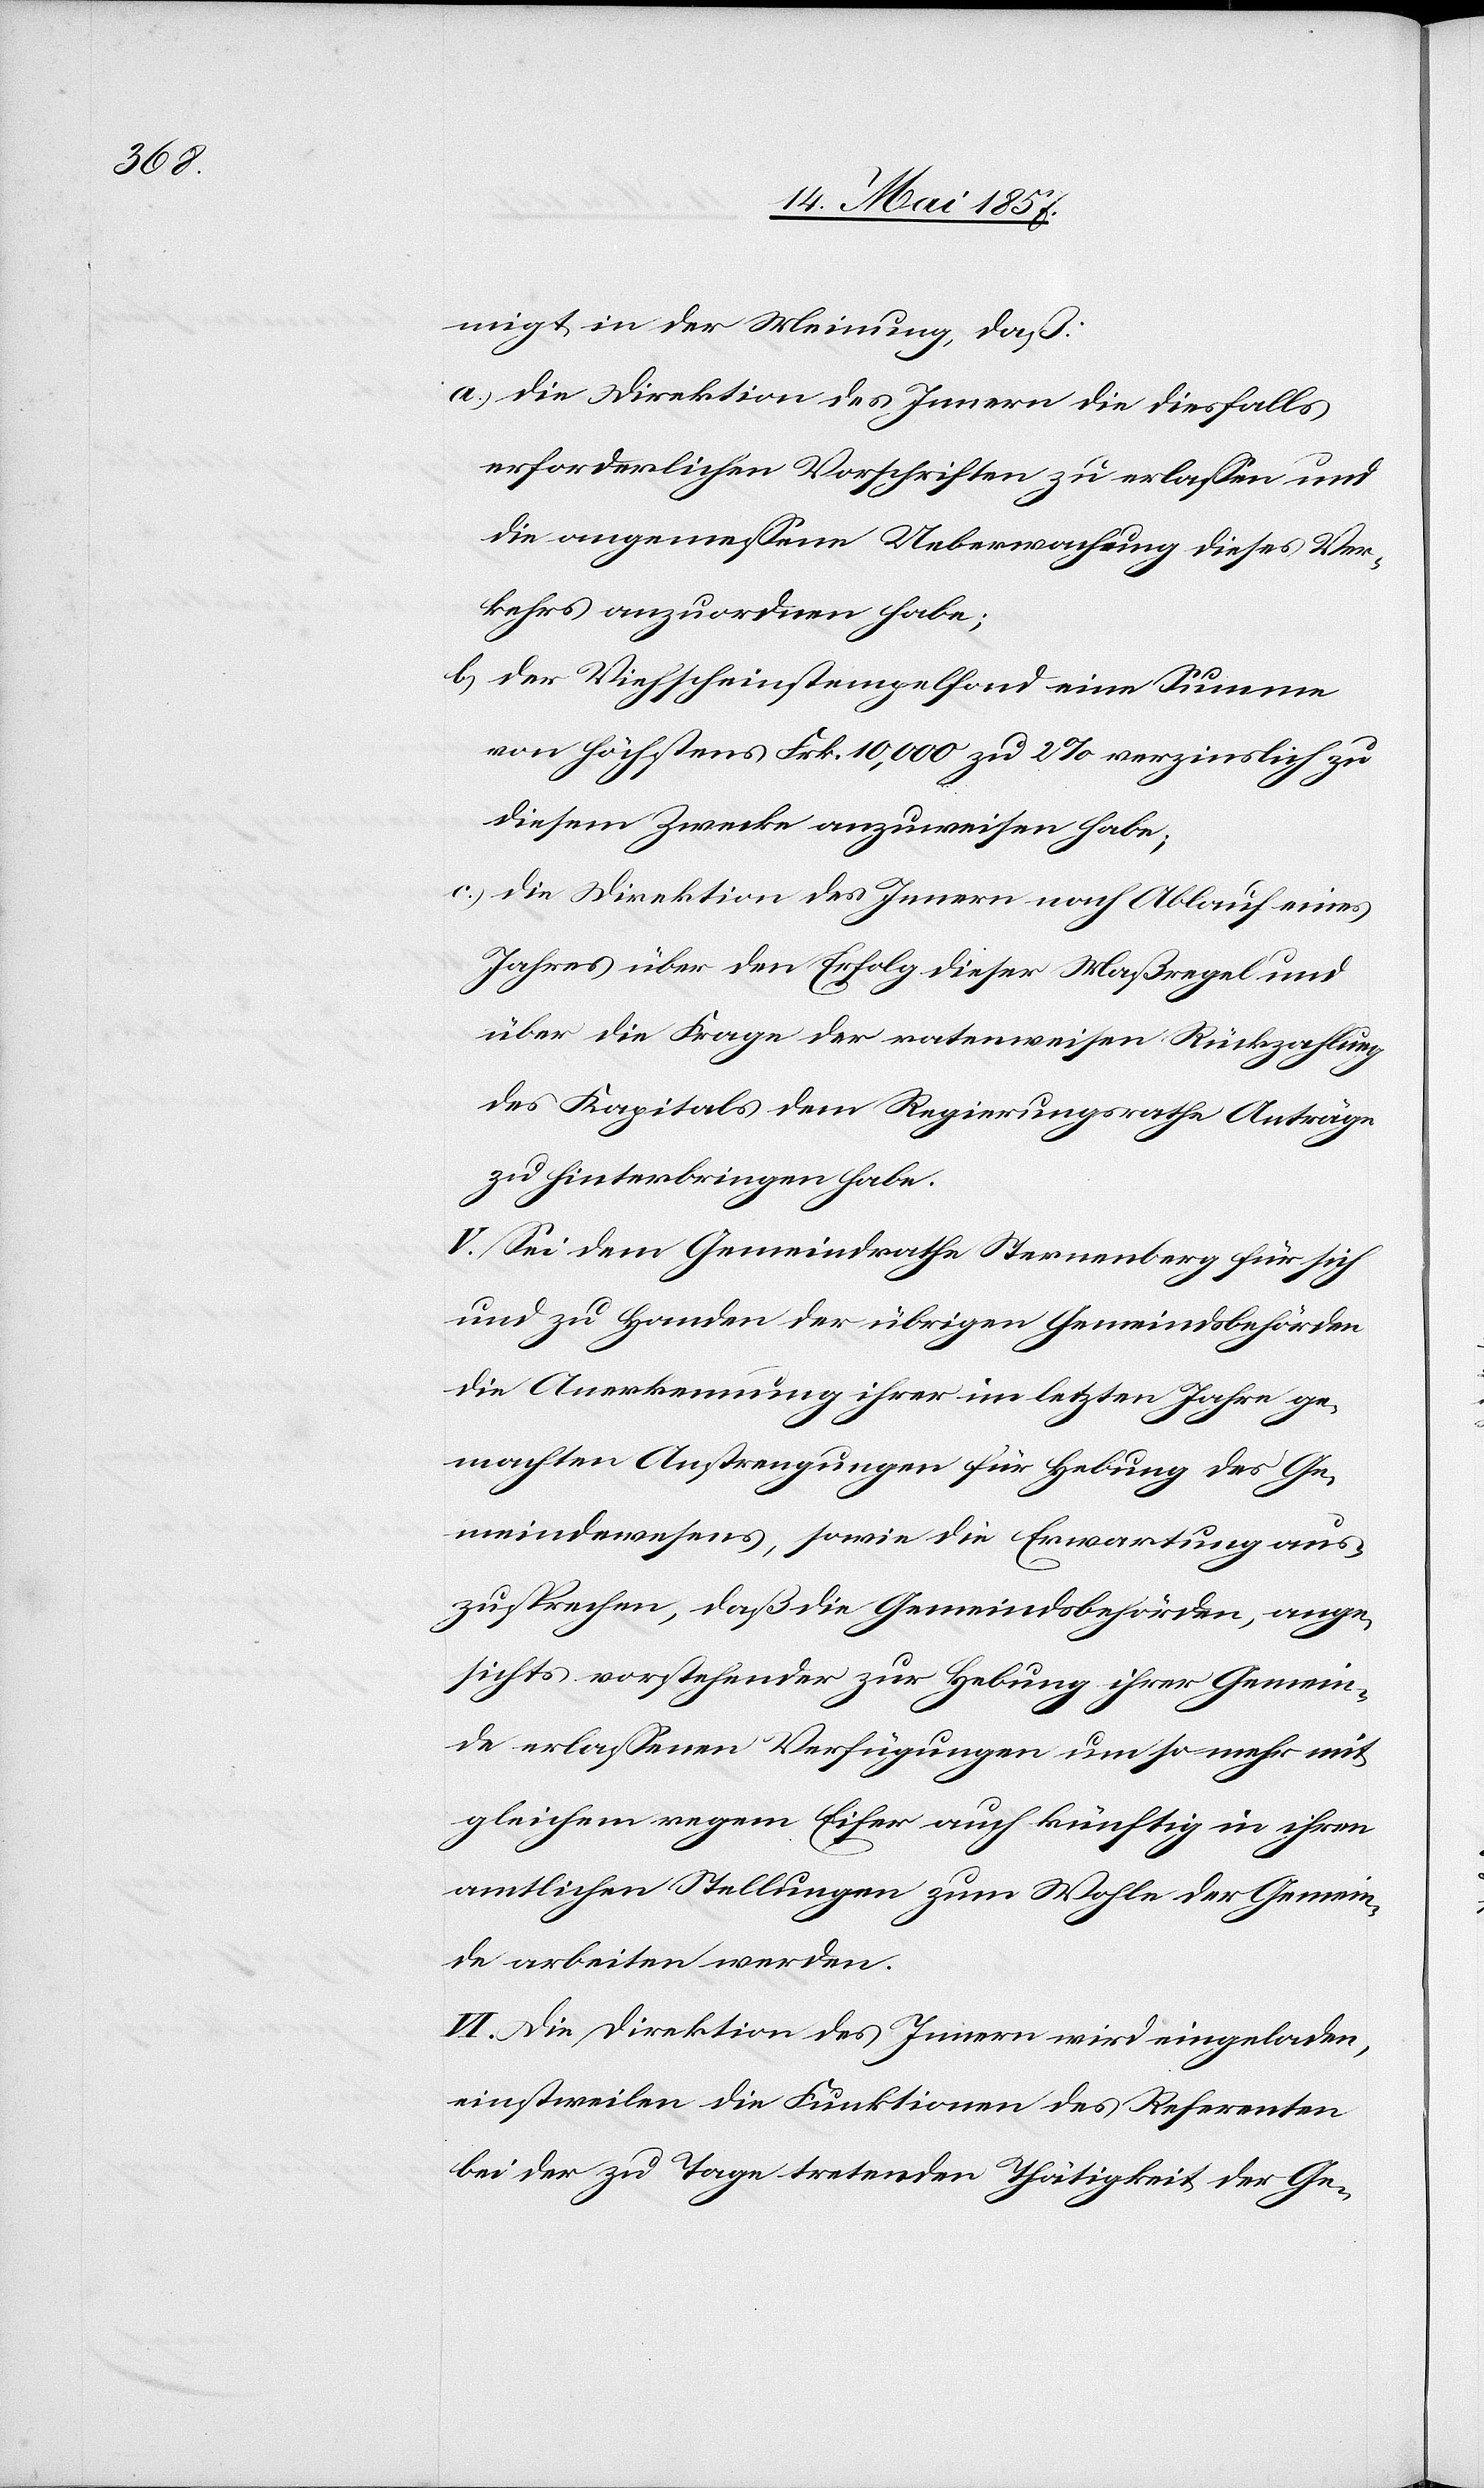
migt in der Meinung, daß:
a.) die Direktion des Innern die diesfalls
erforderlichen Vorschriften zu erlassen und
die angemessene Uebermachung dieses Ver¬
kehrs anzuordnen habe;
b) der Viehscheinstempelfond eine Summe
von höchstens Frk. 10,000 zu 2% verzinslich zu
diesem Zwecke anzuweisen habe;
c) die Direktion des Innern nach Ablauf eines
Jahres über den Erfolg dieser Maßregel und
über die Frage der rataweisen Rückzahlung
des Kapitals dem Regierungsrathe Anträge
zu hinterbringen habe.
V. Sei dem Gemeindrathe Sternenberg für sich
und zu Handen der übrigen Gemeindsbehörden
die Anerkennung ihrer im letzten Jahre ge¬
machten Anstrengungen für Hebung des Ge¬
meindewesens, sowie die Erwartung aus¬
zusprechen, daß die Gemeindsbehörden, ange¬
sichts vorstehender zur Hebung ihrer Gemein¬
de erlassenen Verfügungen um so mehr mit
gleichem regem Eifer auch künftig in ihren
amtlichen Stellungen zum Wohle der Gemein¬
de arbeiten werden.
VI. Die Direktion des Innern wird eingeladen,
einstweilen die Funktionen des Referenten
bei der zu Tage tretenden Thätigkeit der Ge-